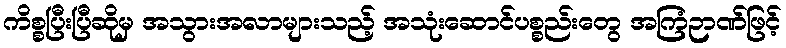
ကိစ္စပြီးပြီဆိုမှ အသွားအလာများသည့် အသုံးဆောင်ပစ္စည်းတွေ အကြံဉာဏ်ဖြင့်